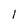
Character: 1